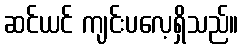
ဆင်ယင် ကျင်းပလေ့ရှိသည်။